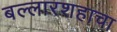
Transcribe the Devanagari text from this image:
बल्लारशहाचा